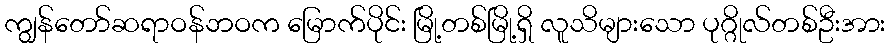
ကျွန်တော်ဆရာဝန်ဘဝက မြောက်ပိုင်း မြို့တစ်မြို့ရှိ လူသိများသော ပုဂ္ဂိုလ်တစ်ဦးအား